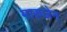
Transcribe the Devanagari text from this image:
मारुजेन